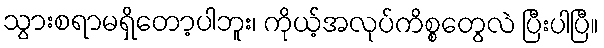
သွားစရာမရှိတော့ပါဘူး၊ ကိုယ့်အလုပ်ကိစ္စတွေလဲ ပြီးပါပြီ။